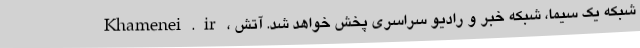
Khamenei.ir، شبکه یک سیما، شبکه خبر و رادیو سراسری پخش خواهد شد. آتش